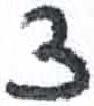
אות: צ